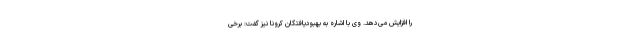
را افزایش می‌دهد. وی با اشاره به بهبودیافتگان کرونا نیز گفت: برخی